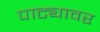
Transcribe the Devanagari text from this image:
पाट्यावर